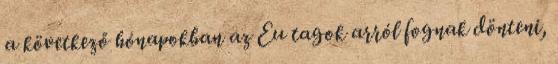
a következő hónapokban az Eu tagok arról fognak dönteni,